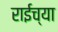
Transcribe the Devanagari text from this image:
राईच्या